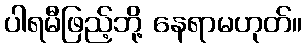
ပါရမီဖြည့်ဘို့ နေရာမဟုတ်။